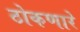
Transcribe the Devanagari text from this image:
ठोकणारे